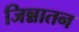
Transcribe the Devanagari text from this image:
जिन्नातन